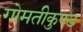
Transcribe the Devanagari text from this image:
गोमतीकुण्ड